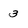
Character: 3